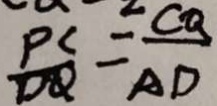
\frac { P C } { D Q } = \frac { C Q } { A D }